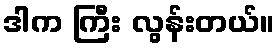
ဒါက ကြီး လွန်းတယ်။